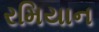
રમિયાન